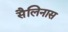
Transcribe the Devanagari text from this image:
सैलिनास